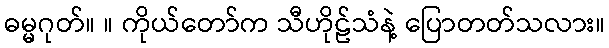
ဓမ္မဂုတ်။ ။ ကိုယ်တော်က သီဟိုဠ်သံနဲ့ ပြောတတ်သလား။